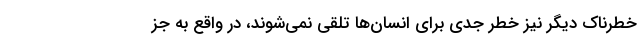
خطرناک دیگر نیز خطر جدی برای انسان‌ها تلقی نمی‌شوند، در واقع به جز